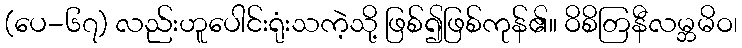
(ပေ-၆၇) လည်းဟူပေါင်းရုံးသကဲ့သို့ ဖြစ်၍ဖြစ်ကုန်၏။ ဝိစိတြနီလမ္ဘမိဝ၊